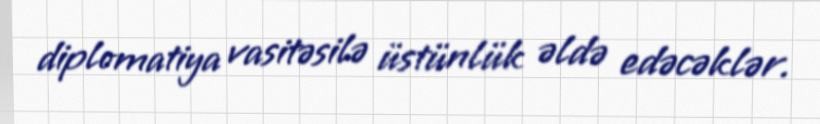
diplomatiya vasitəsilə üstünlük əldə edəcəklər.